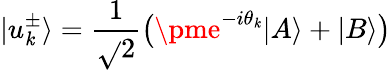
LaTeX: |u_{\mathit{k}}^{\pm}\rangle=\frac{{1}}{{\sqrt{}{{2}}}}\big(\pme^{-i\theta_{\mathit{k}}}|A\rangle+|B\rangle\big)